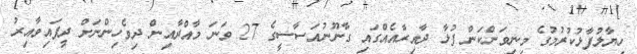
ހިޔާލުފާޅުކުރުމުގެ މިނިވަންކަން ފުޅާ ދާއިރާއެއްގައި ގާނޫނުއަސާސީގެ 27 ވަނަ މާއްދާއިން ދިވެހިންނަށް ދީފައިވާއިރު